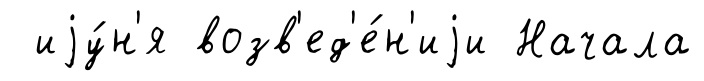
иjу́н'я возв'ед'е́н'иjи Начала